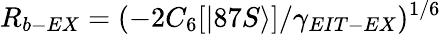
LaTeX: R_{b-EX}=(-2C_{6}[|87S\rangle]/\gamma_{EIT-EX})^{1/6}